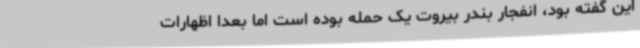
این گفته بود، انفجار بندر بیروت یک حمله بوده است اما بعدا اظهارات